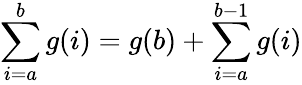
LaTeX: \sum_{i=a}^{b}g(i)=g(b)+\sum_{i=a}^{b-1}g(i)